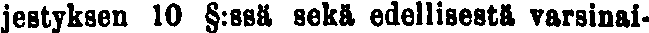
jestyksen 10 §:ssä sekä edellisestä varsinai-